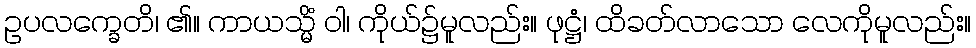
ဥပလက္ခေတိ၊ ၏။ ကာယသ္မိံ ဝါ၊ ကိုယ်၌မူလည်း။ ဖုဋ္ဌံ၊ ထိခတ်လာသော လေကိုမူလည်း။